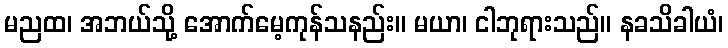
မညထ၊ အဘယ်သို့ အောက်မေ့ကုန်သနည်း။ မယာ၊ ငါဘုရားသည်။ နခသိခါယံ၊